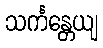
သင်္ကန္တေယျ